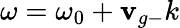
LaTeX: \omega=\omega_{0}+\mathbf{v}_{g-}k